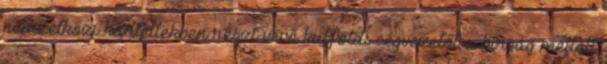
nemzetközi kartellekben részt vevő külföldi cégvezetőt a bírság mellett